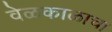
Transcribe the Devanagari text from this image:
वेळकाळाचा